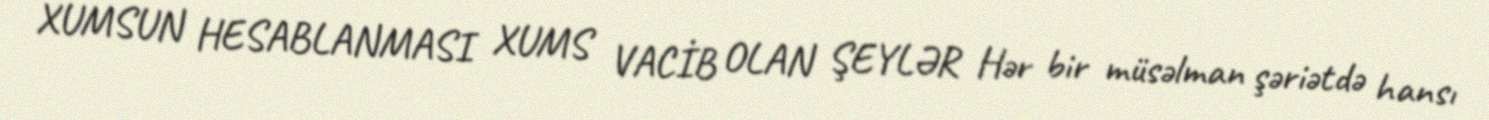
XUMSUN HESABLANMASI XUMS VACİB OLAN ŞEYLƏR Hər bir müsəlman şəriətdə hansı